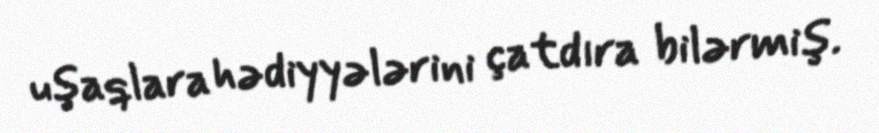
uşaqlara hədiyyələrini çatdıra bilərmiş.